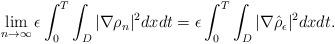
LaTeX: \begin{align*}& \lim_{n \to \infty} \epsilon \int_{0}^{T}\int_{D}|\nabla \rho_{n}|^{2}dxdt = \epsilon \int_{0}^{T}\int_{D}|\nabla \hat{\rho}_{\epsilon}|^{2}dxdt. \end{align*}